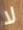
لا